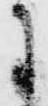
に